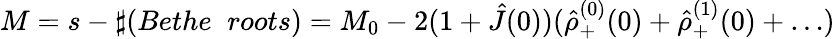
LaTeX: M=s-\sharp(Bethe\; \; roots)=M_{0}-2(1+\hat{J}(0))(\hat{\rho}_{+}^{(0)}(0)+\hat{\rho}_{+}^{(1)}(0)+\dots)